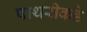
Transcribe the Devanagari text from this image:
पाथरीकडे